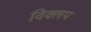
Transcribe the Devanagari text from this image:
विक्लप